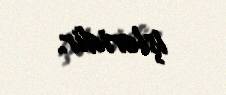
işləridir.